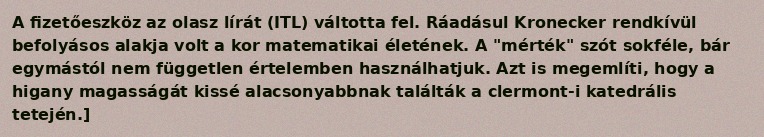
A fizetőeszköz az olasz lírát (ITL) váltotta fel. Ráadásul Kronecker rendkívül befolyásos alakja volt a kor matematikai életének. A "mérték" szót sokféle, bár egymástól nem független értelemben használhatjuk. Azt is megemlíti, hogy a higany magasságát kissé alacsonyabbnak találták a clermont-i katedrális tetején.]